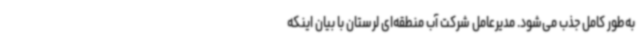
به‌طور کامل جذب می‌شود. مدیرعامل شرکت آب منطقه‌ای لرستان با بیان اینکه